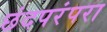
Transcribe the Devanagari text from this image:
छंदपरंपरा